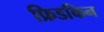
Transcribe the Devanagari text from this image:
फ्रिडकिन